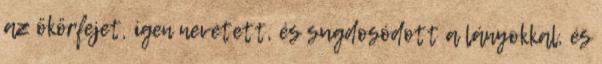
az ökörfejet, igen nevetett, és sugdosódott a lányokkal, és